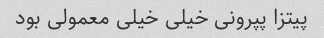
پیتزا پپرونی خیلی خیلی معمولی بود